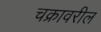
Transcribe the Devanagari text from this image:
चक्रावरील